Report on lock hospitals in British Burma
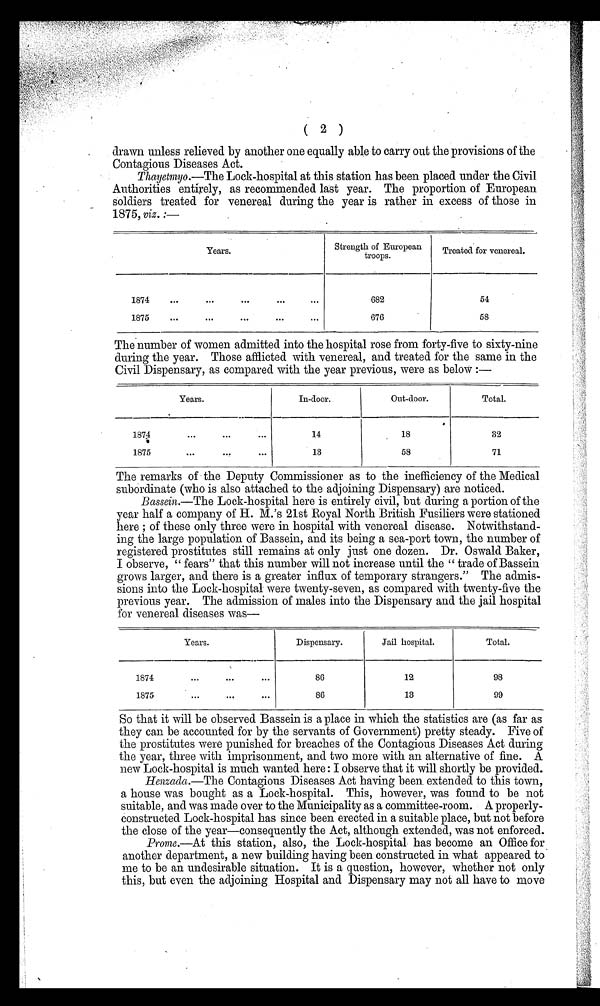
( 2 )
drawn unless relieved by another one equally able to carry out the provisions of the
Contagious Diseases Act.
Thayetmyo.—The Lock-hospital at this station has been placed under the Civil
Authorities entirely, as recommended last year. The proportion of European
soldiers treated for venereal during the year is rather in excess of those in
1875, viz. :—
Years.
Strength of European
troops.
Treated for venereal.
1874
...
...
. . .
. . .
. . .
682
54
1875
. . . ...
...
...
...
.
676
58
The number of women admitted into the hospital rose from forty-five to sixty-nine
during the year. Those afflicted with venereal, and treated for the same in the
Civil Dispensary, as compared with the year previous, were as below :—
Years.
In-door.
Out-door.
Total.
187:4
*
. . .
. . .
. . .
14
18
32
1875
. . .
. . .
. . .
13
58
71
The remarks of the Deputy Commissioner as to the inefficiency of the Medical
subordinate (who is also attached to the adjoining Dispensary) are noticed.
Bassein.—The Lock-hospital here is entirely civil, but during a portion of the
year half a company of H. M.'s 21st Royal North British Fusiliers were stationed
here ; of these only three were in hospital with venereal disease. Notwithstand-
ing the large population of Bassein, and its being a sea-port town, the number of
registered prostitutes still remains at only just one dozen. Dr. Oswald Baker,
I observe, "fears" that this number will not increase until the "trade of Bassein
grows larger, and there is a greater influx of temporary strangers." The admis-
sions into the Lock-hospital were twenty-seven, as compared with twenty-five the
previous year. The admission of males into the Dispensary and the jail hospital
for venereal diseases was-
Years.
Dispensary.
Jail hospital.
Total.
1874
. . .
...
. . .
86
12
98
1875
. . .
. . .
. . .
86
13
99
So that it will be observed Bassein is a place in which the statistics are (as far as
they can be accounted for by the servants of Government) pretty steady. Five of
the prostitutes were punished for breaches of the Contagious Diseases Act during
the year, three with imprisonment, and two more with an alternative of fine. A
new Lock-hospital is much wanted here : I observe that it will shortly be provided.
Henzada.—The Contagious Diseases Act having been extended to this town,
a house was bought as a Lock-hospital. This, however, was found to be not
suitable, and was made over to the Municipality as a committee-room. A properly-
constructed Lock-hospital has since been erected in a suitable place, but not before
the close of the year—consequently the Act, although extended, was not enforced.
Prome.—At this station, also, the Lock-hospital has become an Office for
another department, a new building having been constructed in what appeared to
me to be an undesirable situation. It is a question, however, whether not only
this, but even the adjoining Hospital and Dispensary may not all have to move